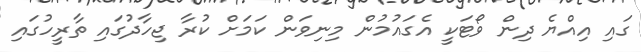
ގައި އިއްޔެ ދިން ވޯޓަކީ އެގައުމުން މިނިވަން ކަމަށް ކުރާ ޖިހާދުގައި ތާރީހުގައި